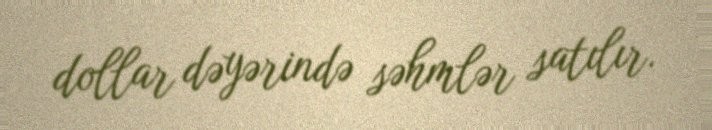
dollar dəyərində səhmlər satılır.